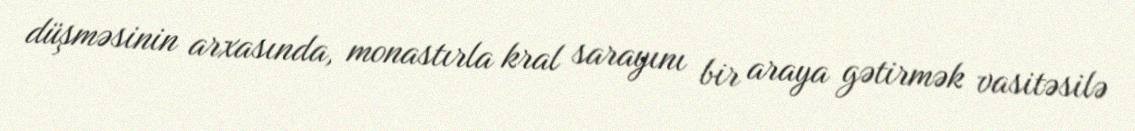
düşməsinin arxasında, monastırla kral sarayını bir araya gətirmək vasitəsilə